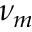
\nu _ { m }